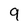
Character: 9